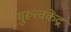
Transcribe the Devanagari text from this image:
गुरूत्वकेंद्र